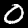
Label: 0